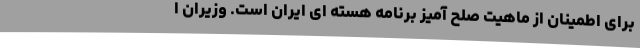
برای اطمینان از ماهیت صلح آمیز برنامه هسته ای ایران است. وزیران ا